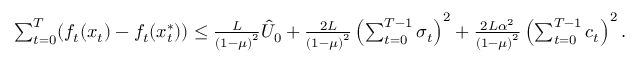
\begin{array} { r } { \sum _ { t = 0 } ^ { T } ( f _ { t } ( x _ { t } ) - f _ { t } ( x _ { t } ^ { * } ) ) \leq \frac { L } { \left( 1 - \mu \right) ^ { 2 } } \hat { U } _ { 0 } + \frac { 2 L } { \left( 1 - \mu \right) ^ { 2 } } \left( \sum _ { t = 0 } ^ { T - 1 } \sigma _ { t } \right) ^ { 2 } + \frac { 2 L \alpha ^ { 2 } } { \left( 1 - \mu \right) ^ { 2 } } \left( \sum _ { t = 0 } ^ { T - 1 } c _ { t } \right) ^ { 2 } . } \end{array}